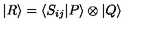
| R \rangle = \langle S _ { i j } | P \rangle \otimes | Q \rangle